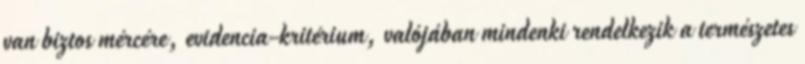
van biztos mércére, evidencia-kritérium, valójában mindenki rendelkezik a természetes